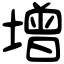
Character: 增